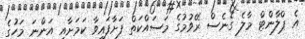
އެ ޕްލާންޓް މާލެ ގެނެސް ރޭވުމުގެ މަސައްކަތް ފަށާފައިވާ ކަމަށާއި އަންނަ މަހުގެ